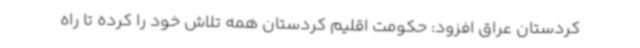
کردستان عراق افزود: حکومت اقلیم کردستان همه تلاش خود را کرده تا راه